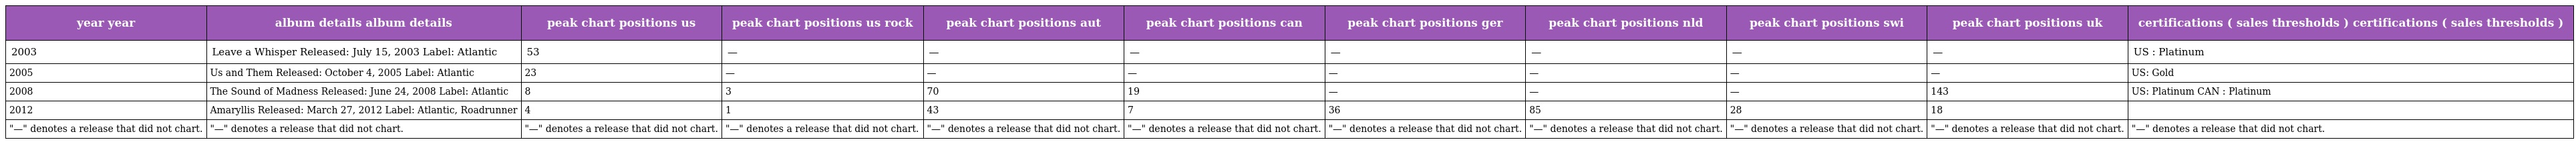
| year year | album details album details | peak chart positions us | peak chart positions us rock | peak chart positions aut | peak chart positions can | peak chart positions ger | peak chart positions nld | peak chart positions swi | peak chart positions uk | certifications ( sales thresholds ) certifications ( sales thresholds ) |
 | --- | --- | --- | --- | --- | --- | --- | --- | --- | --- | --- |
 | 2003 | Leave a Whisper Released: July 15, 2003 Label: Atlantic | 53 | — | — | — | — | — | — | — | US : Platinum |
 | 2005 | Us and Them Released: October 4, 2005 Label: Atlantic | 23 | — | — | — | — | — | — | — | US: Gold |
 | 2008 | The Sound of Madness Released: June 24, 2008 Label: Atlantic | 8 | 3 | 70 | 19 | — | — | — | 143 | US: Platinum CAN : Platinum |
 | 2012 | Amaryllis Released: March 27, 2012 Label: Atlantic, Roadrunner | 4 | 1 | 43 | 7 | 36 | 85 | 28 | 18 |  |
 | "—" denotes a release that did not chart. | "—" denotes a release that did not chart. | "—" denotes a release that did not chart. | "—" denotes a release that did not chart. | "—" denotes a release that did not chart. | "—" denotes a release that did not chart. | "—" denotes a release that did not chart. | "—" denotes a release that did not chart. | "—" denotes a release that did not chart. | "—" denotes a release that did not chart. | "—" denotes a release that did not chart. |